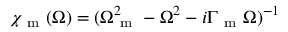
\chi _ { \mathrm { ~ m ~ } } ( \Omega ) = ( \Omega _ { \mathrm { ~ m ~ } } ^ { 2 } - \Omega ^ { 2 } - i \Gamma _ { \mathrm { ~ m ~ } } \Omega ) ^ { - 1 }